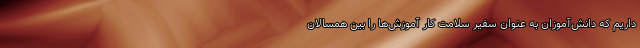
داریم که دانش‌آموزان به عنوان سفیر سلامت کار آموزش‌ها را بین همسالان